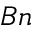
B n